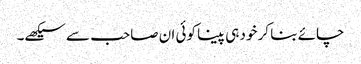
چائے بنا کر خود ہی پینا کوئی ان صاحب سے سیکھے۔